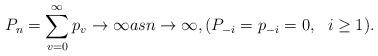
LaTeX: \begin{align*}P_{n}=\sum_{v=0}^{\infty}p_{v}\rightarrow \infty {as}{n}\rightarrow \infty ,(P_{-i}=p_{-i}=0,~~i\geq1).\end{align*}